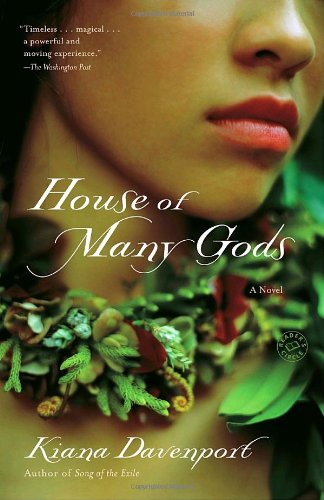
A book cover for House of Many Gods: A Novel; Kiana Davenport; Humor & Entertainment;